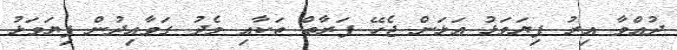
ދުއްވާ އިރު ފިޔަވަޅު އަޅަން ޖެހޭ ފަރާތް ތަކާއި މެދު ގަވާއިދުން ފިޔަވަޅު